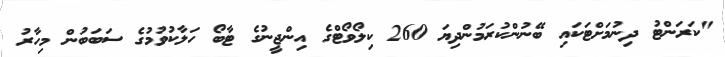
"ކަރަންޓު ދިނުމަށްޓަކައި ބޭނުންކުރަމުންދިޔަ 260 ކިލޯވޯޓްގެ އިންޖީނުގެ ޓާބޯ ހަލާކުވުމުގެ ސަބަބުން މިހާރު